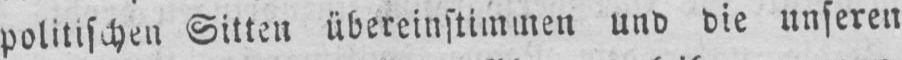
politischen Sitten übereinstimmen und die unseren